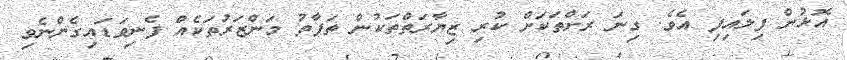
އޮޅުން ފިލައިފި އެވެ. ގިނަ ރަށްތަކަށް ކުރި ޒިޔާރަތްތަކުން ތަފާތު މަންޒަރުތަކެއް ފެނިވަޑައިގެންނެވި